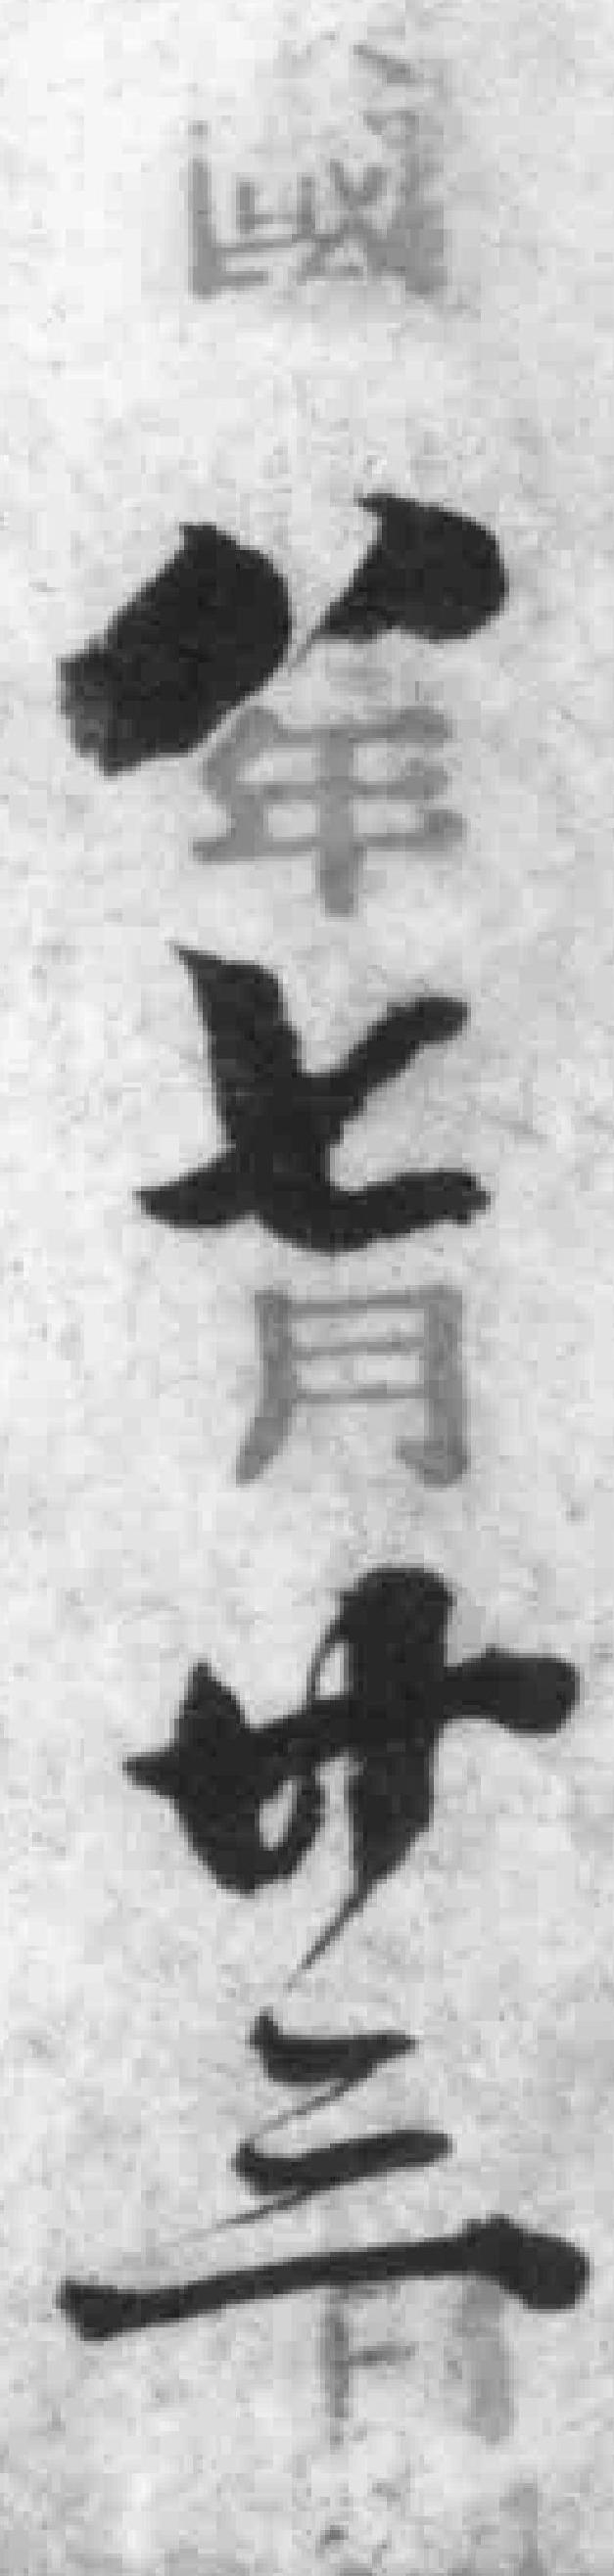
*八年七月廿三*